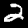
Digit: 2